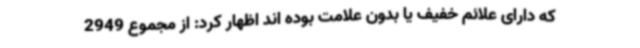
که دارای علائم خفیف یا بدون علامت بوده اند اظهار کرد: از مجموع 2949